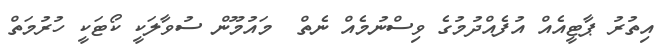
އިތުރު ޕާޓީއެއް އުފެއްދުމުގެ ވިސްނުމެއް ނެތް  މައުމޫން ސުވާލަކީ ކޯޓަކީ ހުރުމަތް